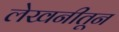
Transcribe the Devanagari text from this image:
लेखनीतून